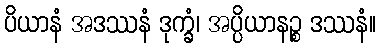
ပိယာနံ အဒဿနံ ဒုက္ခံ၊ အပ္ပိယာနဉ္စ ဒဿနံ။